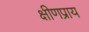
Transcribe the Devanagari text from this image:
क्षीणप्राय